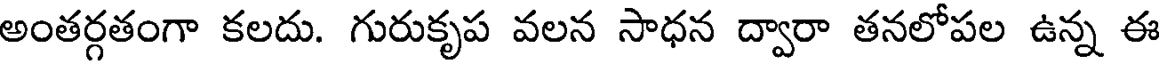
అంతర్గతంగా కలదు. గురుకృప వలన సాధన ద్వారా తనలోపల ఉన్న ఈ